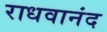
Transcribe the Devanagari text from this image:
राधवानंद